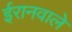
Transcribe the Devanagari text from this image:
ईरानवाले